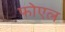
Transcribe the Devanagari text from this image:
फोएल